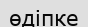
өдіпке